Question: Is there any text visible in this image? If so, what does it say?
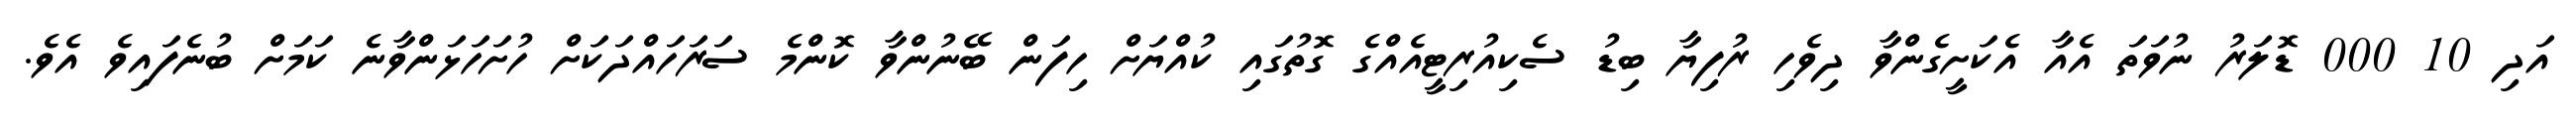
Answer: އަދި 10 000 ޑޮލަރު ނުވަތަ އެއާ އެކަށީގެންވާ ދިވެހި ރުފިޔާ ބިޑު ސެކިއުރިޓީއެއްގެ ގޮތުގައި ކުއްޔަށް ހިފަން ބޭނުންވާ ކޮންމެ ސަރަހައްދަކަށް ހުށަހަޅަންވާނެ ކަމަށް ބުނެފައިވެ އެވެ.